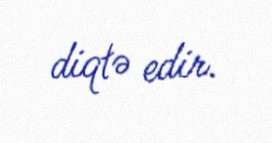
diqtə edir.